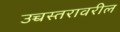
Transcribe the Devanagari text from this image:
उच्चस्तरावरील